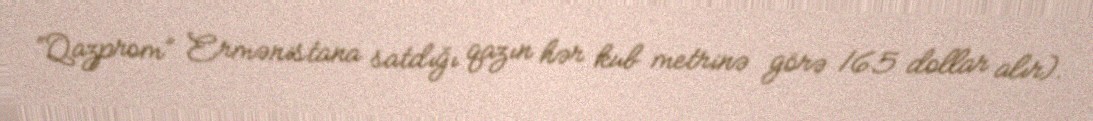
“Qazprom” Ermənistana satdığı qazın hər kub metrinə görə 165 dollar alır).